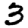
Digit: 3